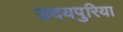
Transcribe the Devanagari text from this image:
उदयपुरिया